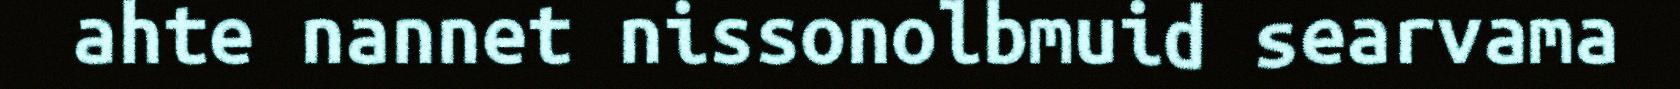
ahte nannet nissonolbmuid searvama